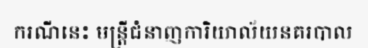
ករណីនេះ មន្ត្រីជំនាញការិយាល័យនគរបាល